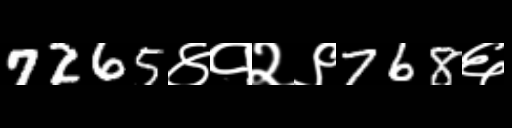
Text: 7265४१२९768६